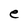
Character: e